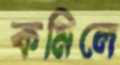
কমিলে